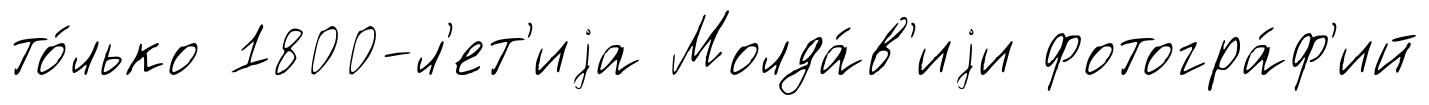
то́лько 1800-л'ет'иjа Молда́в'иjи фотогра́ф'ий